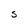
Character: S